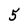
Character: 5